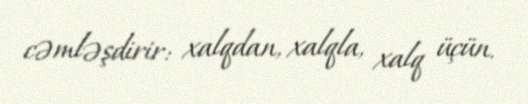
cəmləşdirir: xalqdan, xalqla, xalq üçün.